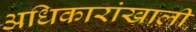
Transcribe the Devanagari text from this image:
अधिकारांखाली